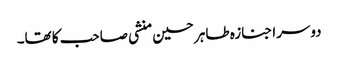
دوسرا جنازہ طاہر حسین منشی صاحب کا تھا۔